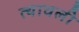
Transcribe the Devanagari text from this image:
त्यावली